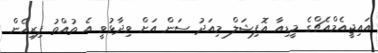
އައިޖީއެމްއެޗްގެ މީޑިއާ އޮފިޝަލް މިއަދު ސަން އަށް ވިދާޅުވީ އެ ތުއްތު ފިރިހެން